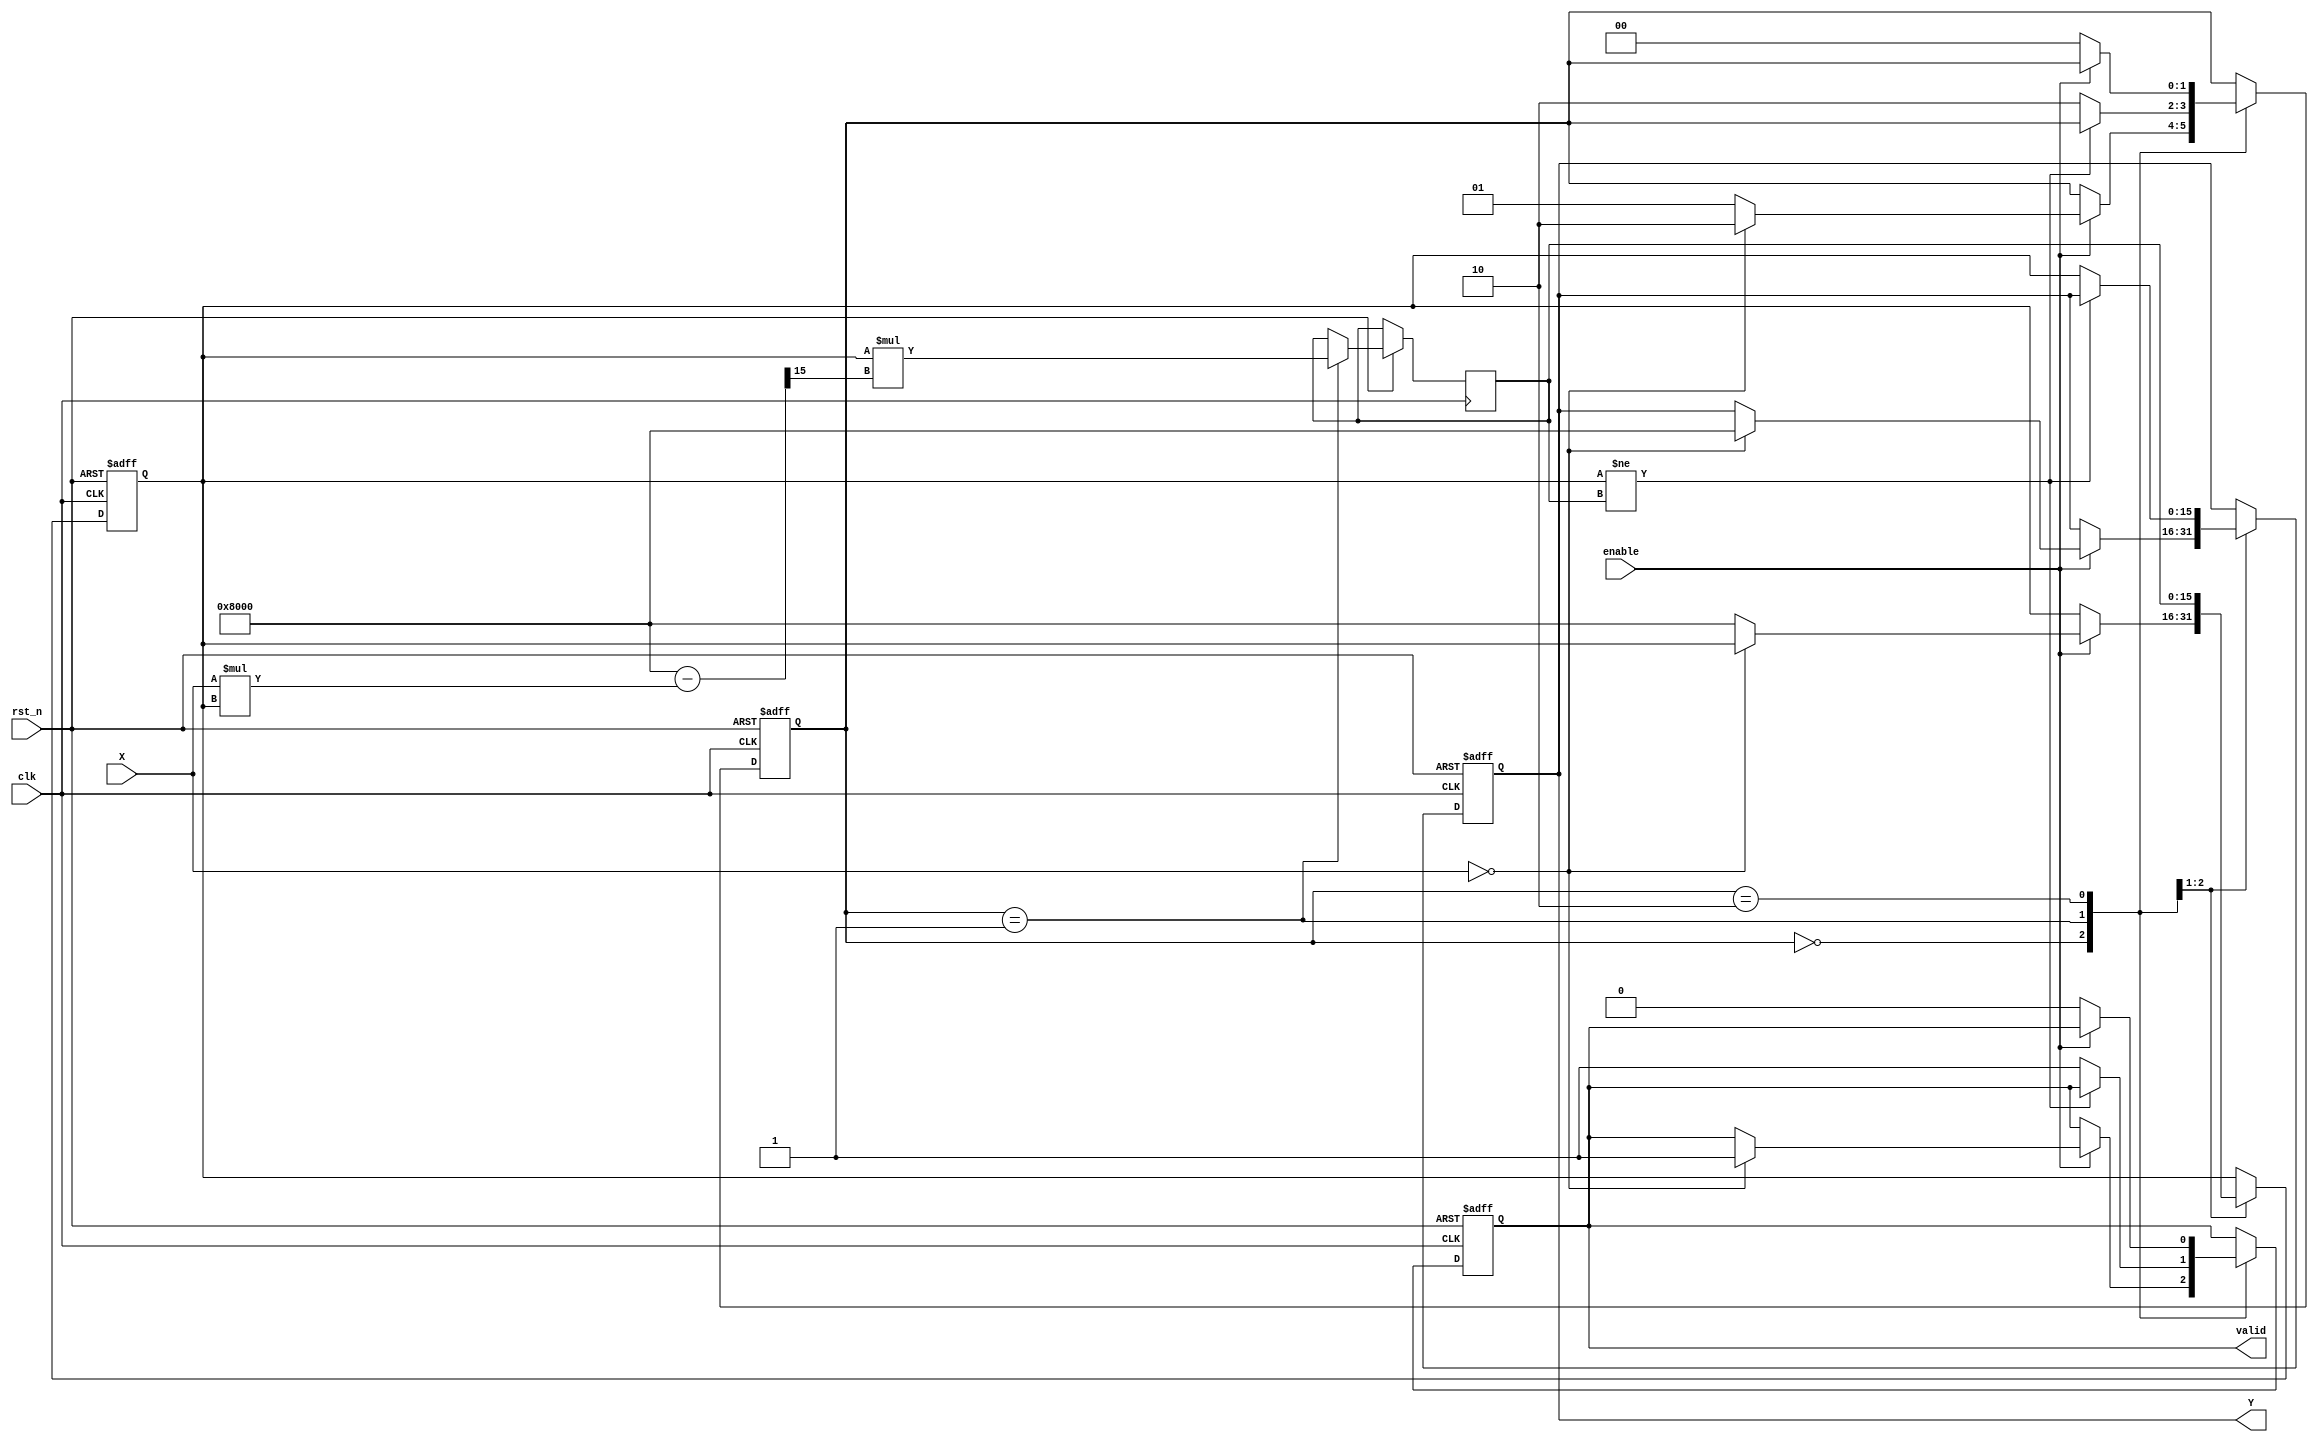
module binary_fractional_reciprocal #(
    parameter N = 16, // Total bit width (including integer and fractional parts)
    parameter FRACTIONAL_BITS = N - 1 // Number of bits for the fractional part
)(
    input wire clk,
    input wire rst_n,
    input wire enable,
    input wire [N-1:0] X, // Input data
    output reg [N-1:0] Y, // Output data
    output reg valid // Output valid signal
);

    reg [N-1:0] approx; // Intermediate approximation for the reciprocal
    reg [N-1:0] next_approx; // Next approximation
    reg [1:0] state; // State for FSM
    reg [N-1:0] zero_check; // To check if X is zero

    // State encoding
    localparam IDLE = 2'b00;
    localparam CALC = 2'b01;
    localparam DONE = 2'b10;

    // Newton-Raphson iteration: Y = Y * (2 - X * Y)
    always @(posedge clk or negedge rst_n) begin
        if (!rst_n) begin
            Y <= 0;
            approx <= 0;
            valid <= 0;
            state <= IDLE;
        end else begin
            case (state)
                IDLE: begin
                    if (enable) begin
                        zero_check <= X;
                        if (X == 0) begin
                            // Handle zero input case
                            Y <= {1'b1, {FRACTIONAL_BITS{1'b0}}}; // Max value for fractional input
                            valid <= 1;
                            state <= DONE;
                        end else begin
                            // Initial approximation
                            approx <= {1'b1, {FRACTIONAL_BITS{1'b0}}}; // Start with 1 as initial approximation
                            state <= CALC;
                        end
                    end
                end

                CALC: begin
                    // Perform one iteration of Newton-Raphson
                    next_approx <= approx * ( {1'b1, {FRACTIONAL_BITS{1'b0}}} - (X * approx) >> FRACTIONAL_BITS );
                    approx <= next_approx;
                    // Check for convergence (you can implement a more sophisticated check if needed)
                    if (approx != next_approx) begin
                        // Continue iterating
                    end else begin
                        // Converged
                        Y <= approx;
                        valid <= 1;
                        state <= DONE;
                    end
                end

                DONE: begin
                    if (!enable) begin
                        state <= IDLE;
                        valid <= 0; // Reset valid signal
                    end
                end
            endcase
        end
    end

endmodule